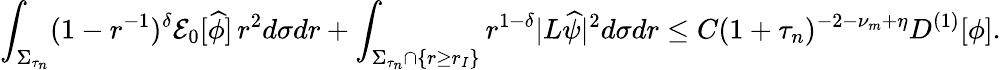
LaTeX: \int_{\Sigma_{\tau_{n}}}(1-r^{-1})^{\delta}\mathcal{E}_{0}[\widehat{\phi}]\, r^{2}d\sigma dr+\int_{\Sigma_{\tau_{n}}\cap\{ r\geq r_{I}\} }r^{1-\delta}|L\widehat{\psi}|^{2}d\sigma dr\leq C(1+\tau_{n})^{-2-\nu_{m}+\eta}D^{(1)}[\phi].